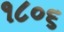
૧૮૦૬